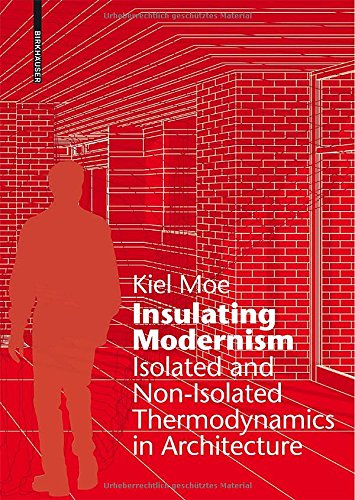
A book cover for Insulating Modernism; Kiel Moe; Crafts, Hobbies & Home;